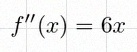
f''(x)=6x